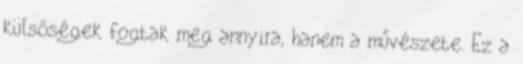
külsőségek fogtak meg annyira, hanem a művészete. Ez a